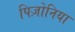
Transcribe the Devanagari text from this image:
पिज़ोनिया